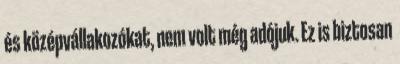
és középvállakozókat, nem volt még adójuk. Ez is biztosan